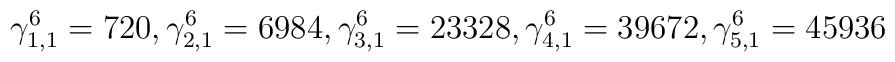
\gamma^{6}_{1,1}=720,\gamma^{6}_{2,1}=6984,\gamma^{6}_{3,1}=23328,\gamma^{6}_{4,1}=39672,\gamma^{6}_{5,1}=45936\nonumber